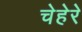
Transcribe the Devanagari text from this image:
चेहेरे